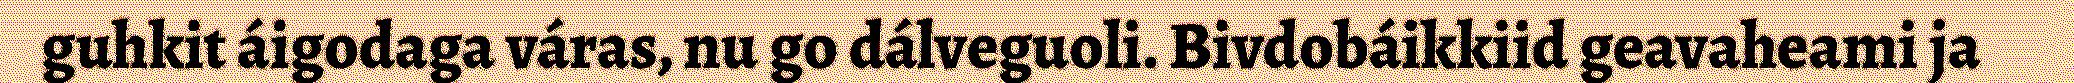
guhkit áigodaga váras, nu go dálveguoli. Bivdobáikkiid geavaheami ja